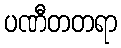
ပဏီတတရာ